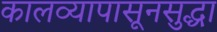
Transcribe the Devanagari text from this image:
कालव्यापासूनसुद्धा